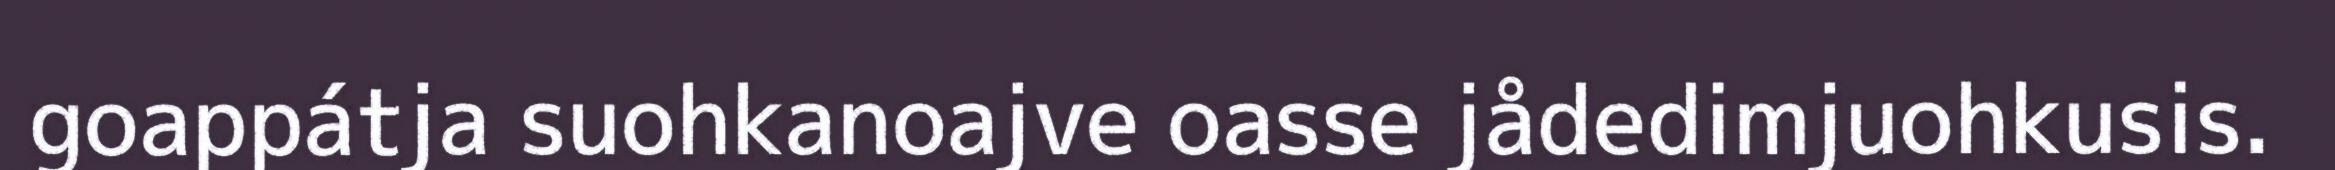
goappátja suohkanoajve oasse jådedimjuohkusis.